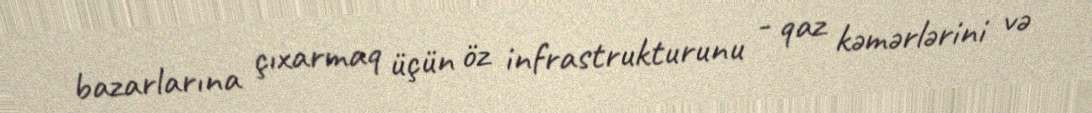
bazarlarına çıxarmaq üçün öz infrastrukturunu - qaz kəmərlərini və